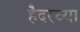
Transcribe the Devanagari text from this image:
हैदरच्या